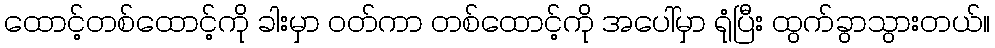
ထောင့်တစ်ထောင့်ကို ခါးမှာ ဝတ်ကာ တစ်ထောင့်ကို အပေါ်မှာ ရုံပြီး ထွက်ခွာသွားတယ်။